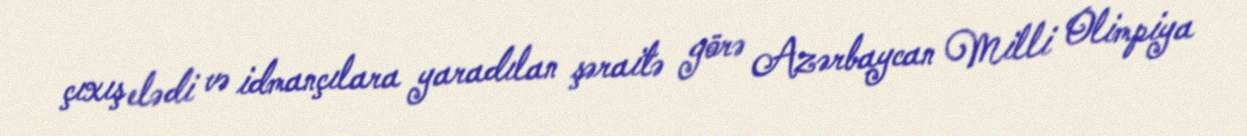
çıxış elədi və idmançılara yaradılan şəraitə görə Azərbaycan Milli Olimpiya